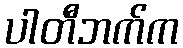
ပါတီဘက်က